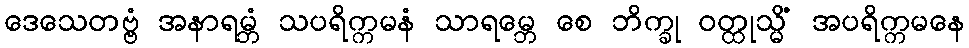
ဒေသေတဗ္ဗံ အနာရမ္ဘံ သပရိက္ကမနံ သာရမ္ဘေ စေ ဘိက္ခု ဝတ္ထုသ္မိံ အပရိက္ကမနေ